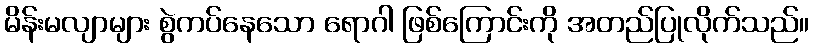
မိန်းမလျာများ စွဲကပ်နေသော ရောဂါ ဖြစ်ကြောင်းကို အတည်ပြုလိုက်သည်။